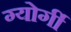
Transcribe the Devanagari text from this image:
ग्योर्गी